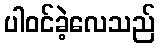
ပါဝင်ခဲ့လေသည်